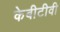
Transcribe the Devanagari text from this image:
केबीटीवी